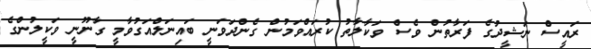
ރައީސް ނަޝީދުގެ ފަރާތުން ވެސް ވަކާލާތު ކުރައްވަމުން ގެންދަވަނީ ބައިނަލްއަގުވާމީ ގާނޫނީ ވަކީލުންގެ